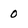
Character: 0